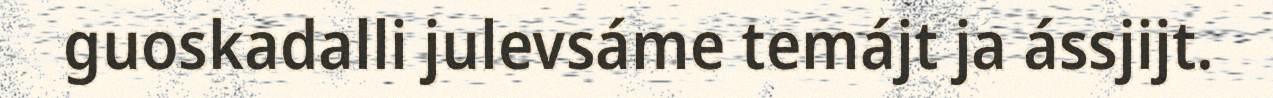
guoskadalli julevsáme temájt ja ássjijt.